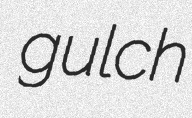
gulch